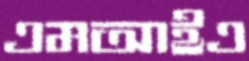
এমআইএ